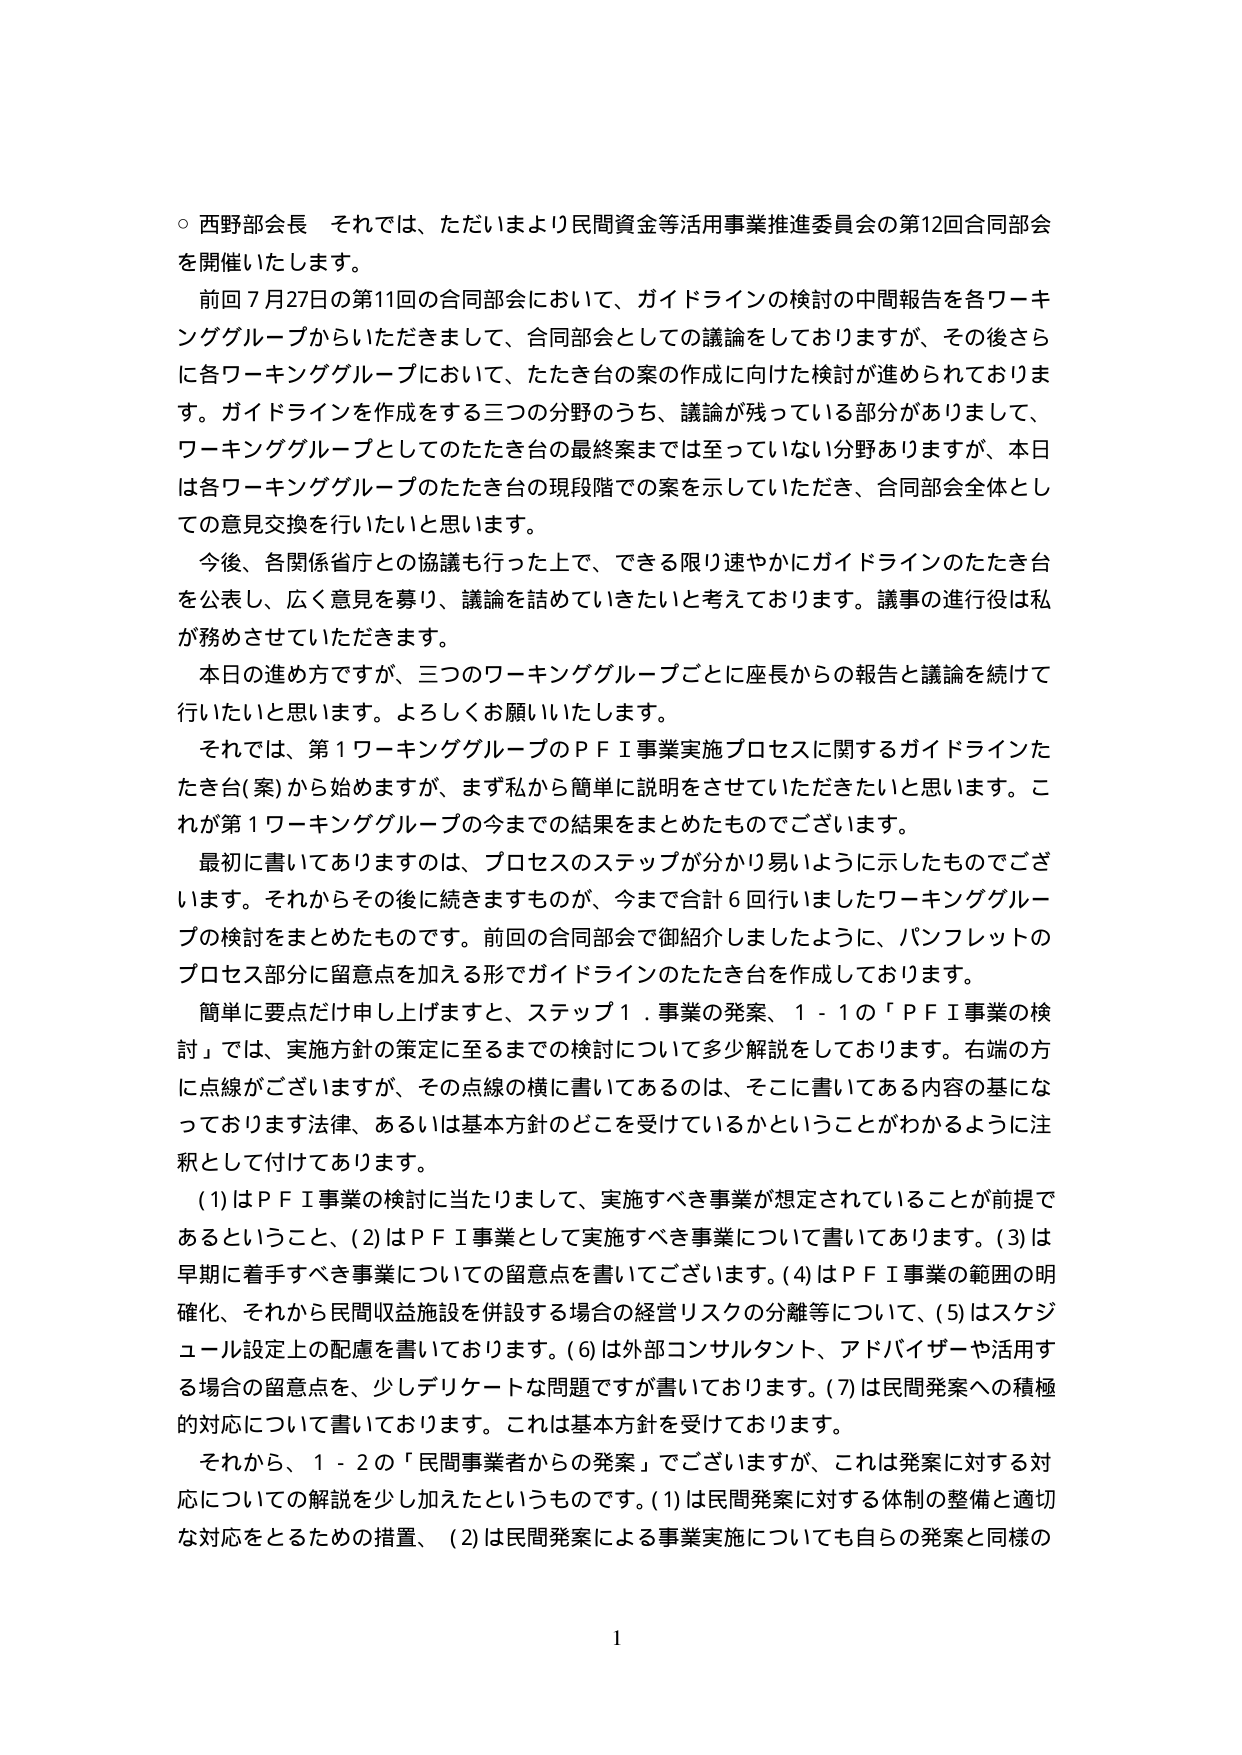
○ 西野部会長 それでは、ただいまより民間資金等活用事業推進委員会の第12回合同部会を開催いたします。

前回7月27日の第11回の合同部会において、ガイドラインの検討の中間報告を各ワーキンググループからいただきまして、合同部会としての議論をしておりますが、その後さらに各ワーキンググループにおいて、たたき台の案の作成に向けた検討が進められております。ガイドラインを作成をする三つの分野のうち、議論が残っている部分がありまして、ワーキンググループとしてのたたき台の最終案までは至っていない分野ありますが、本日は各ワーキンググループのたたき台の現段階での案を示していただき、合同部会全体としての意見交換を行いたいと思います。

今後、各関係省庁との協議も行った上で、できる限り速やかにガイドラインのたたき台を公表し、広く意見を募り、議論を詰めていきたいと考えております。議事の進行役は私が務めさせていただきます。

本日の進め方ですが、三つのワーキンググループごとに座長からの報告と議論を続けて行いたいと思います。よろしくお願いいたします。

それでは、第1ワーキンググループのＰＦＩ事業実施プロセスに関するガイドラインたたき台（案）から始めますが、まず私から簡単に説明をさせていただきたいと思います。これが第1ワーキンググループの今までの結果をまとめたものでございます。

最初に書いてありますのは、プロセスのステップが分かり易いように示したものでございます。それからその後に続きますものが、今まで合計6回行いましたワーキンググループの検討をまとめたものです。前回の合同部会で御紹介しましたように、パンフレットのプロセス部分に留意点を加える形でガイドラインのたたき台を作成しております。

簡単に要点だけ申し上げますと、ステップ1．事業の発案、1－1の「ＰＦＩ事業の検討」では、実施方針の策定に至るまでの検討について多少解説をしております。右端の方に点線がございますが、その点線の横に書いてあるのは、そこに書いてある内容の基になっております法律、あるいは基本方針のどこを受けているかということがわかるように注釈として付けてあります。

（1）はＰＦＩ事業の検討に当たりまして、実施すべき事業が想定されていることが前提であるということ、（2）はＰＦＩ事業として実施すべき事業について書いてあります。（3）は早期に着手すべき事業についての留意点を書いてございます。（4）はＰＦＩ事業の範囲の明確化、それから民間収益施設を併設する場合の経営リスクの分離等について、（5）はスケジュール設定上の配慮を書いております。（6）は外部コンサルタント、アドバイザーや活用する場合の留意点を、少しデリケートな問題ですが書いております。（7）は民間発案への積極的対応について書いております。これは基本方針を受けております。

それから、1－2の「民間事業者からの発案」でございますが、これは発案に対する対応についての解説を少し加えたというものです。（1）は民間発案に対する体制の整備と適切な対応をするための措置、（2）は民間発案による事業実施についても自らの発案と同様の

1